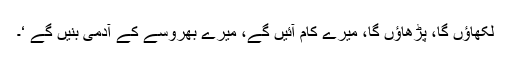
لکھاؤں گا، پڑھاؤں گا، میرے کام آئیں گے، میرے بھروسے کے آدمی بنیں گے ‘۔